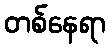
တစ်နေရာ